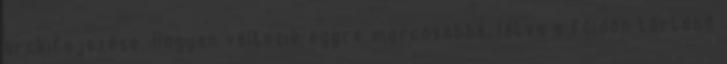
arckifejezése. Hogyan változik egyre morcosabbá, látva a földön történő